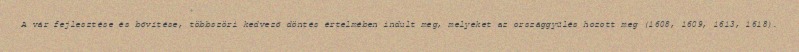
A vár fejlesztése és bővítése, többszöri kedvező döntés értelmében indult meg, melyeket az országgyűlés hozott meg (1608, 1609, 1613, 1618).